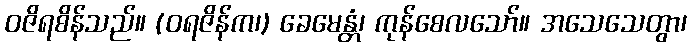
ဝဇိရစိန်သည်။ (ဝရဇိန်က၊) ခေမေန္တံ၊ ကုန်စေလသော်။ အသေသေတွာ၊